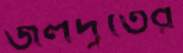
জলদূতের